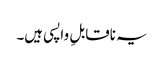
یہ ناقابلِ واپسی ہیں۔